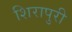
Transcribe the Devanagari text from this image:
शिरापुरी